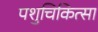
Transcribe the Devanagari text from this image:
पशुचिकित्‍सा